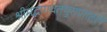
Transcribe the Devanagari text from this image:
श्रीमद्भागवतपुराणातले